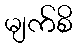
မျက်စိ